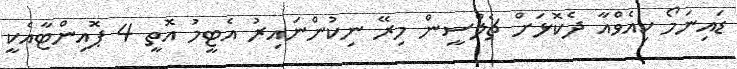
ޑައިނަމޯ ކިއެވްއާ ދެކޮޅަށް ޗެލްސީން މިރޭ ނިކުންނައިރު އެޓީމު އޮތީ 4 ޕޮއިންޓާއެކީ